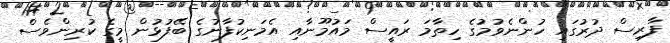
ފާރިސް ދުރުގައި ހުންނެވުމުގެ ހިތާމަ ރައީސް މައުމޫނާއި އެމަނިކުފާނުގެ ބޭފުޅުން މީގެ ކުރިންވެސް